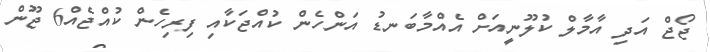
ޖޯޖް އަދި އާމާލް ކުލޫނީއަށް އެއްމާބަނޑު އަންހެން ކުއްޖަކާއި ފިރިހެން ކުއްޖެއް6 ޖޫން